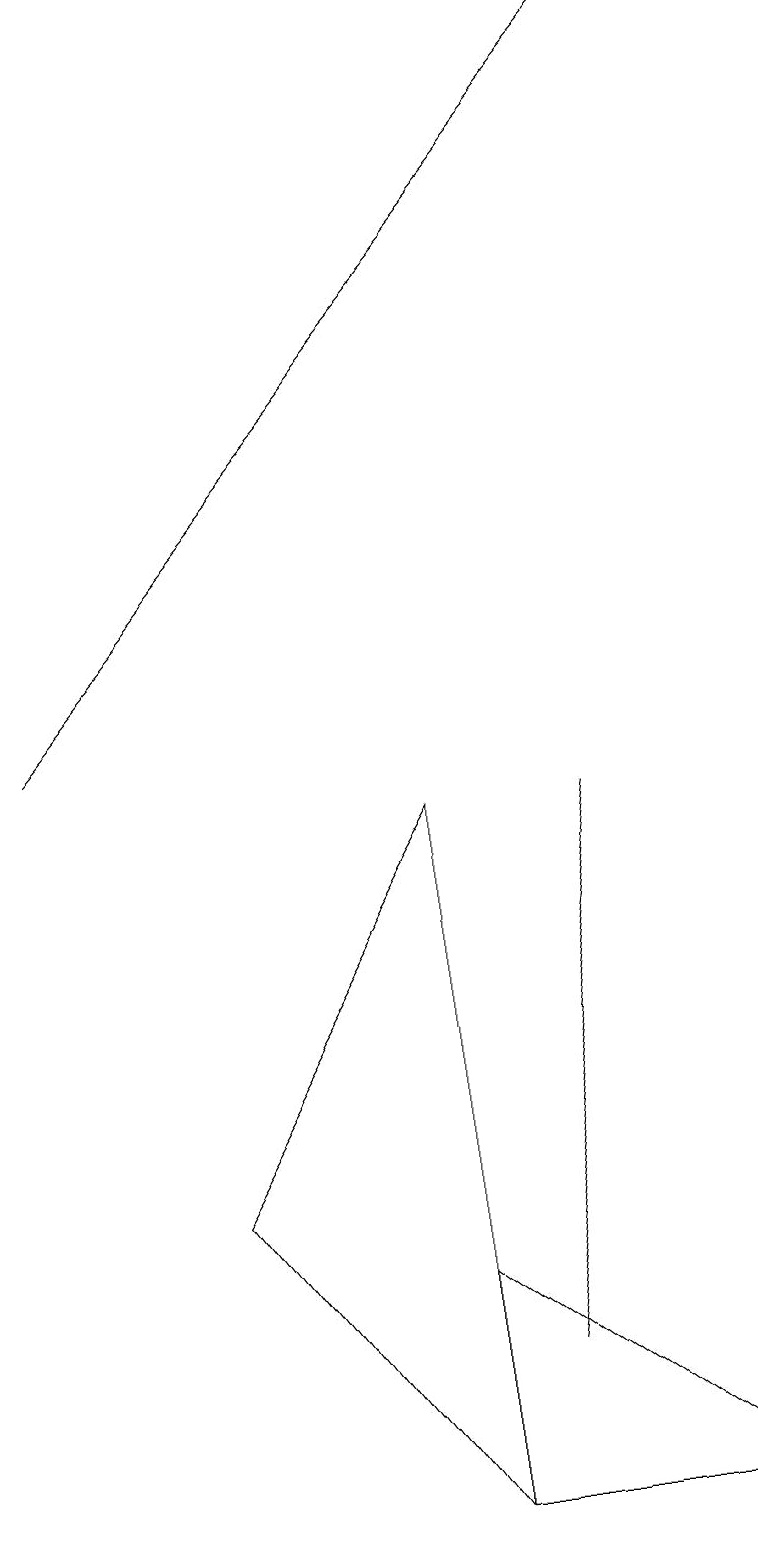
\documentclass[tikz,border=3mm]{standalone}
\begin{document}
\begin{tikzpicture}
\draw (2,4) -- (5,9) -- (5,0) -- cycle;
\draw[->] (0,10) -- (8,19);
\draw (5,3) -- (5,0) -- (9,0) -- cycle;
\draw (6,2) -- (7,9) -- (7,9) -- cycle;
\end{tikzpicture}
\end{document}